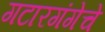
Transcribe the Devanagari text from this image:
गटारगंगेचे